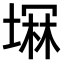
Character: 𫮚